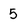
Character: 5